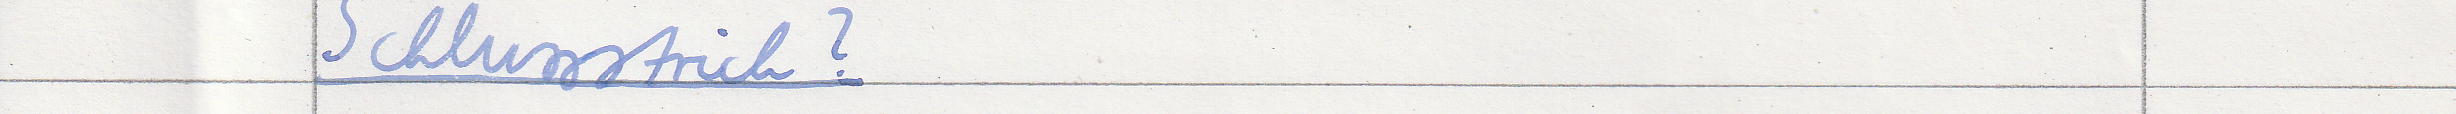
Schlussstrich?